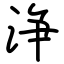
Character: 浄